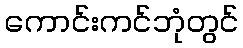
ကောင်းကင်ဘုံတွင်